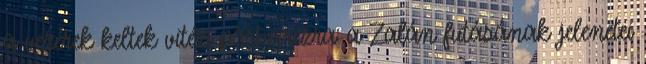
a vezérek keltek vitézi párharczra: a Zalán futásának jelenetei